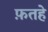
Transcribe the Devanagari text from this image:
फ़तहे